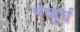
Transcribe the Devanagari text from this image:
नेव्बुर्घ